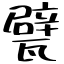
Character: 甓